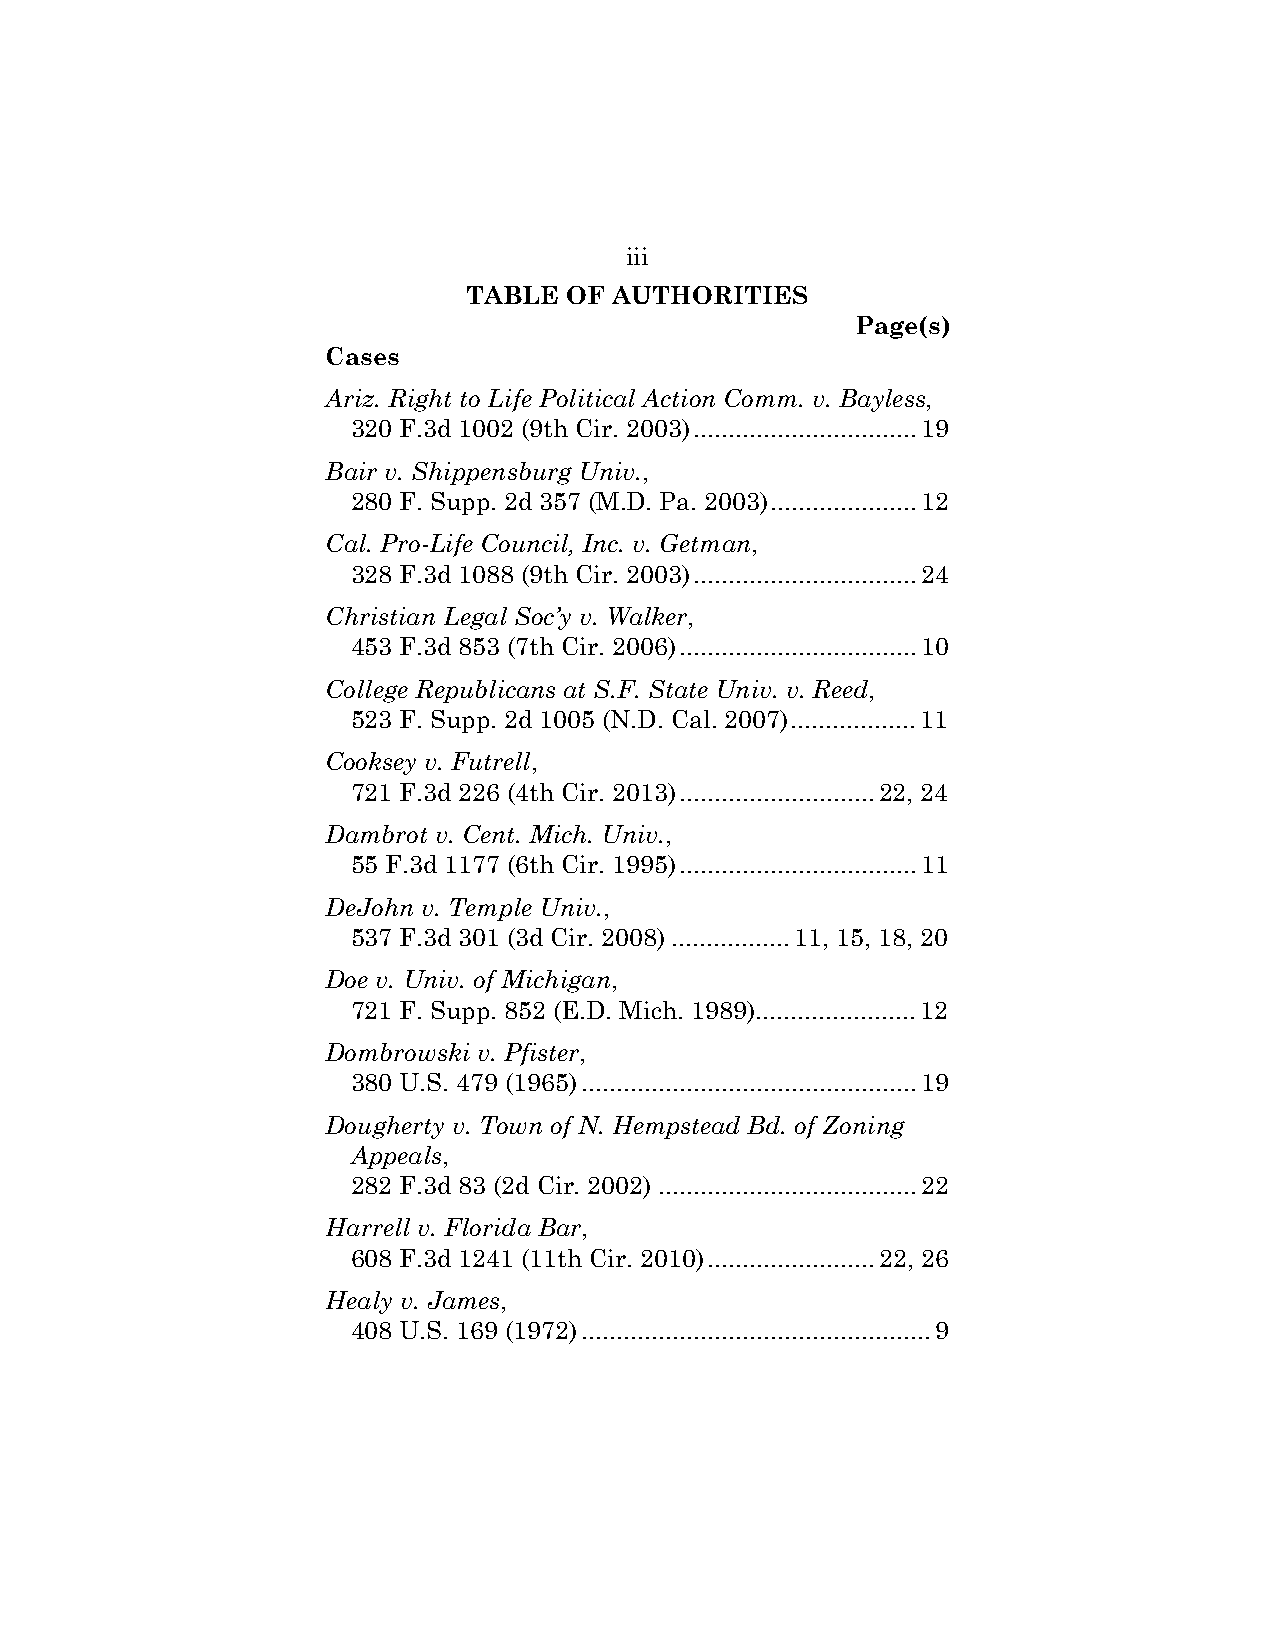
iii
 TABLE OF  AUTHORITIES
 Page(s)
 Cases
 Ariz. Right to Life Political Action Comm. v. Bayless,
 320 F.3d 1002 (9th Cir. 2003) ................................ 19
 Bair v. Shippensburg Univ.,
 280 F. Supp. 2d 357 (M.D. Pa. 2003) ..................... 12
 Cal. Pro-Life Council, Inc. v. Getman,
 328 F.3d 1088 (9th Cir. 2003) ................................ 24
 Christian Legal Soc’y v. Walker,
 453 F.3d 853 (7th Cir. 2006) .................................. 10
 College Republicans at S.F. State Univ. v. Reed,
 523 F. Supp. 2d 1005 (N.D. Cal. 2007) .................. 11
 Cooksey v. Futrell,
 721 F.3d 226 (4th Cir. 2013) ............................ 22, 24
 Dambrot v. Cent. Mich. Univ.,
 55 F.3d 1177 (6th Cir. 1995) .................................. 11
 DeJohn v. Temple Univ.,
 537 F.3d 301 (3d Cir. 2008) ................. 11, 15, 18, 20
 Doe v. Univ. of Michigan,
 721 F. Supp. 852 (E.D. Mich. 1989) ....................... 12
 Dombrowski v. Pfister,
 380 U.S. 479 (1965) ................................................ 19
 Dougherty v. Town of N. Hempstead Bd. of Zoning
 Appeals,
 282 F.3d 83 (2d Cir. 2002) ..................................... 22
 Harrell v. Florida Bar,
 608 F.3d 1241 (11th Cir. 2010) ........................ 22, 26
 Healy v. James,
 408 U.S. 169 (1972) .................................................. 9